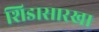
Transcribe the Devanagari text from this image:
शिडासारखा